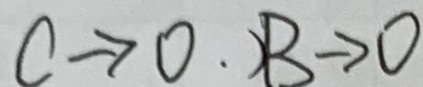
c \rightarrow 0 . ) B \rightarrow 0